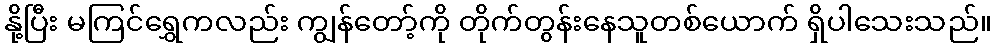
နို့ပြီး မကြင်ရွှေကလည်း ကျွန်တော့်ကို တိုက်တွန်းနေသူတစ်ယောက် ရှိပါသေးသည်။